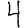
Digit: 4